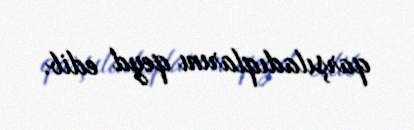
qarşıladıqlarını qeyd edib.